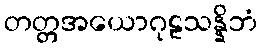
တတ္တအယောဂုဠသန္နိဘံ